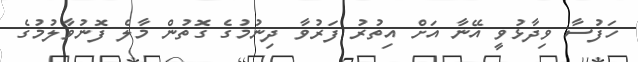
ހަފުސާ ވިދާޅުވީ އޭނާ އަށް އިތުރު ފަރުވާ ދިނުމުގެ ގޮތުން މާލެ ފޮނުވާލުމުގެ